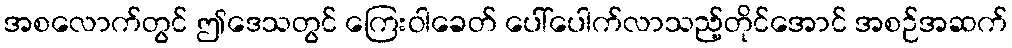
အစလောက်တွင် ဤဒေသတွင် ကြေးဝါခေတ် ပေါ်ပေါက်လာသည့်တိုင်အောင် အစဉ်အဆက်